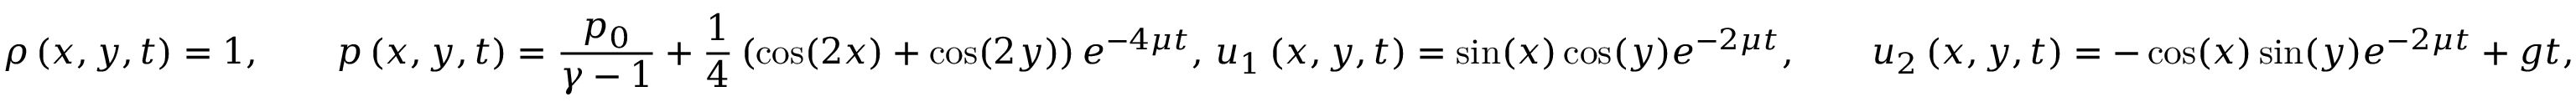
\rho \left( x , y , t \right) = 1 , \qquad p \left( x , y , t \right) = \frac { p _ { 0 } } { \gamma - 1 } + \frac { 1 } { 4 } \left( \cos ( 2 x ) + \cos ( 2 y ) \right) e ^ { - 4 \mu t } , \, { u } _ { 1 } \left( x , y , t \right) = \sin ( x ) \cos ( y ) e ^ { - 2 \mu t } , \qquad { u } _ { 2 } \left( x , y , t \right) = - \cos ( x ) \sin ( y ) e ^ { - 2 \mu t } + g t ,